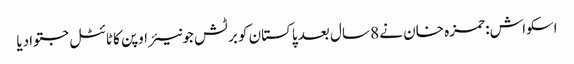
اسکواش: حمزہ خان نے 8 سال بعد پاکستان کو برٹش جونیئر اوپن کا ٹائٹل جتوادیا